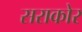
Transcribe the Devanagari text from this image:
सराकोर